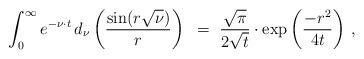
LaTeX: \begin{align*}\int_0^\infty e^{-\nu \cdot t} \,d_{\nu}\left(\frac{\sin(r \sqrt{\nu})}{r} \right)~=~\frac{\sqrt\pi}{2\sqrt t} \cdot \exp\left( \frac{-r^2}{4t}\right)\,,\end{align*}